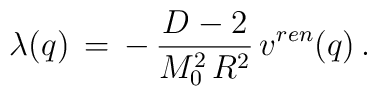
\lambda(q)\,=\,-\,\frac{D-2}{M_0^2\,R^2}\,v^{ren}(q)\,{.}